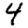
Digit: 4